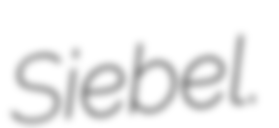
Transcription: Siebel.